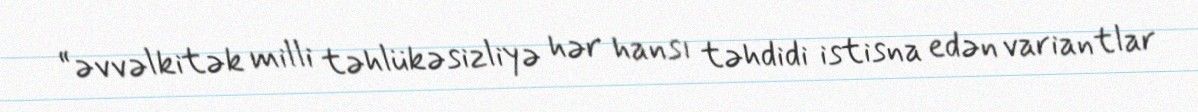
“əvvəlkitək milli təhlükəsizliyə hər hansı təhdidi istisna edən variantlar